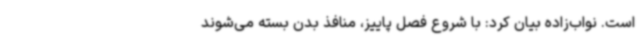
است. نواب‌زاده بیان کرد: با شروع فصل پاییز، منافذ بدن بسته می‌شوند